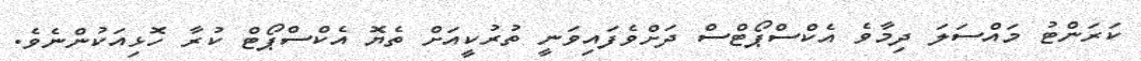
ކަރަންޓު މައްސަލަ ދިމާވެ އެކްސްޕޯޓްސް ދަށްވެފައިވަނީ ތުރުކީއަށް ތެޔޮ އެކްސްޕޯޓް ކުރާ ހޮޅިއަކުންނެވެ.